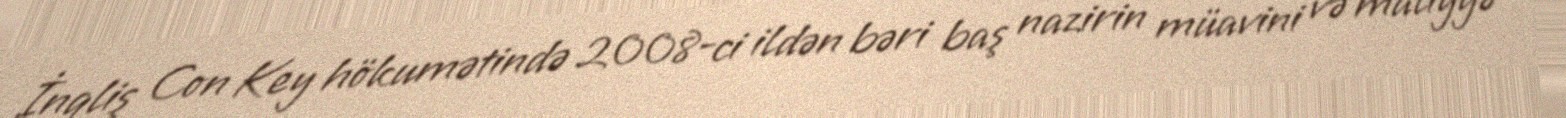
İnqliş Con Key hökumətində 2008-ci ildən bəri baş nazirin müavini və maliyyə